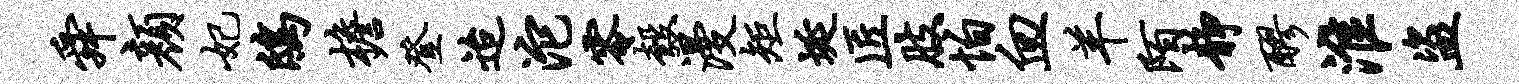
舜颜妃鸱檐登迨沱零彀漫矩埏匠肢怕血羊陌静醪淮盗